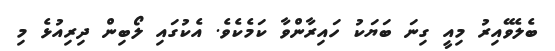
ބެލެވޭއިރު މިއީ ގިނަ ބަޔަކު ހައިރާންވާ ކަމެކެވެ. އެކުގައި ލޯބިން ދިރިއުޅެ މި